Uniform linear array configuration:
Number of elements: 64
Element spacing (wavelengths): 0.75
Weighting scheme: kaiser
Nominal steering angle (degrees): -30
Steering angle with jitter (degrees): -31.827
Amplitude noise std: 0.05
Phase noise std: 0.05

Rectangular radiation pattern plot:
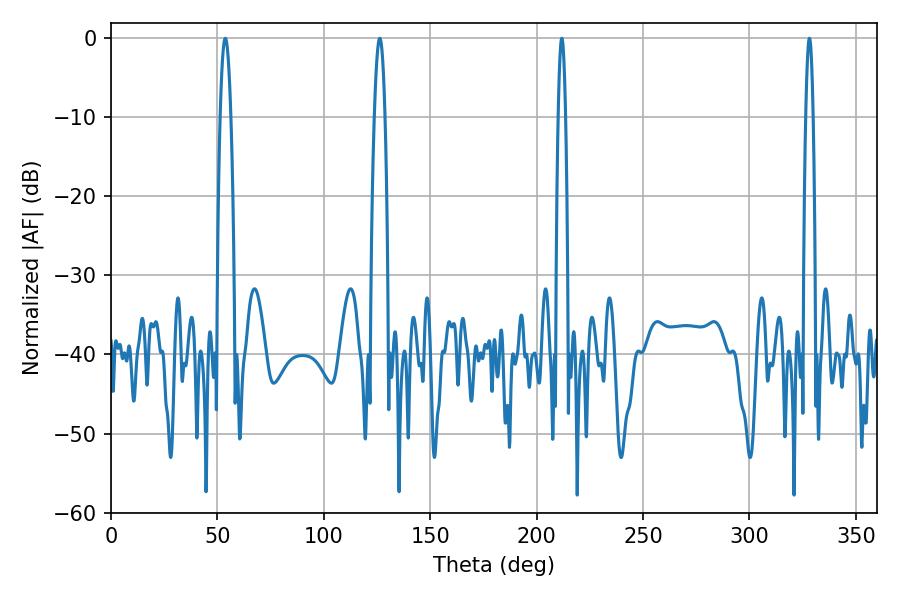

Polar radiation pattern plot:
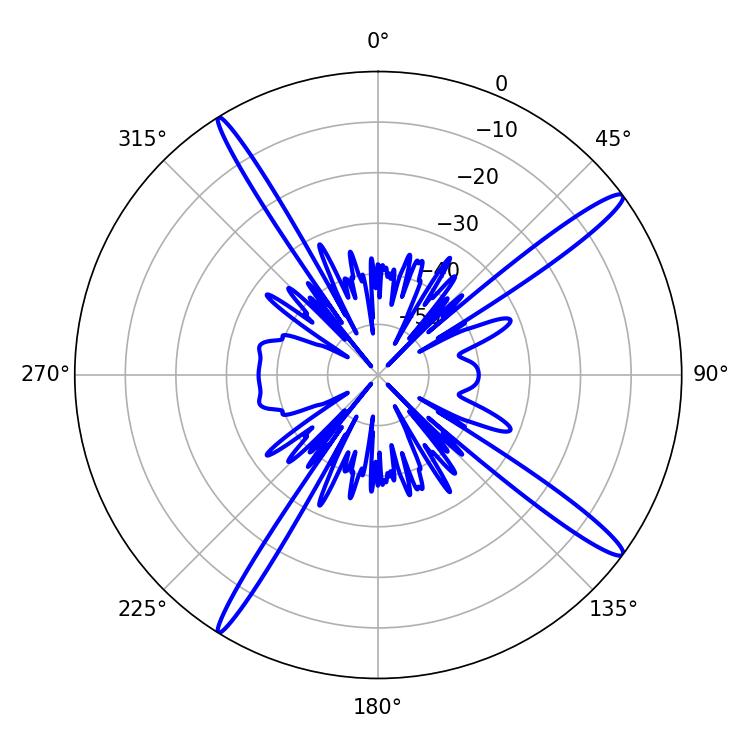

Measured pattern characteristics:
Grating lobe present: TRUE
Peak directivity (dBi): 16.367
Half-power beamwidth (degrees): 1.8
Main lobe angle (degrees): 211.86